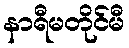
နာရီမတိုင်မီ